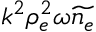
k ^ { 2 } \rho _ { e } ^ { 2 } \omega \widetilde { n _ { e } }